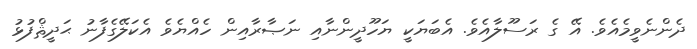
ދެންނެވީމެއެވެ. އޭ ގެ ރަސޫލާއެވެ. އެބަޔަކީ ޔަހޫދީންނާއި ނަޞާރާއިން ހެއްޔެވެ އެކަލޭގެފާނު ޙަދީޘްފުޅު